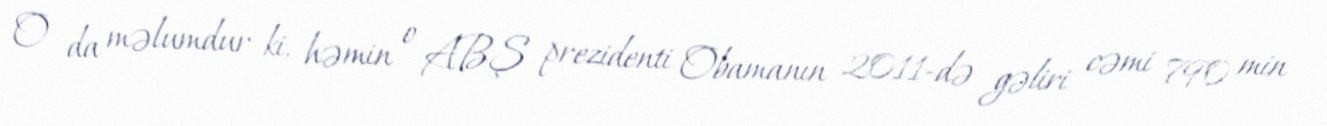
O da məlumdur ki, həmin o ABŞ prezidenti Obamanın 2011-də gəliri cəmi 790 min